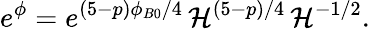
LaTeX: e^{\phi}=e^{(5-p)\phi_{B0}/4}\, \mathcal{H}^{(5-p)/4}\, \mathcal{H}^{-1/2}.